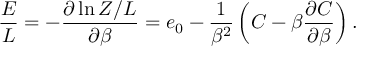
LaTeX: { \frac { E } { L } } = - { \frac { \partial \ln Z / L } { \partial \beta } } = e _ { 0 } - { \frac { 1 } { \beta ^ { 2 } } } \left( C - \beta { \frac { \partial C } { \partial \beta } } \right) .